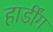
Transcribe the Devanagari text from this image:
हार्डींग